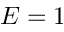
E = 1